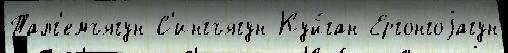
Талг'емъягун С'ингъягун Куй́ган Ергонгоjагун